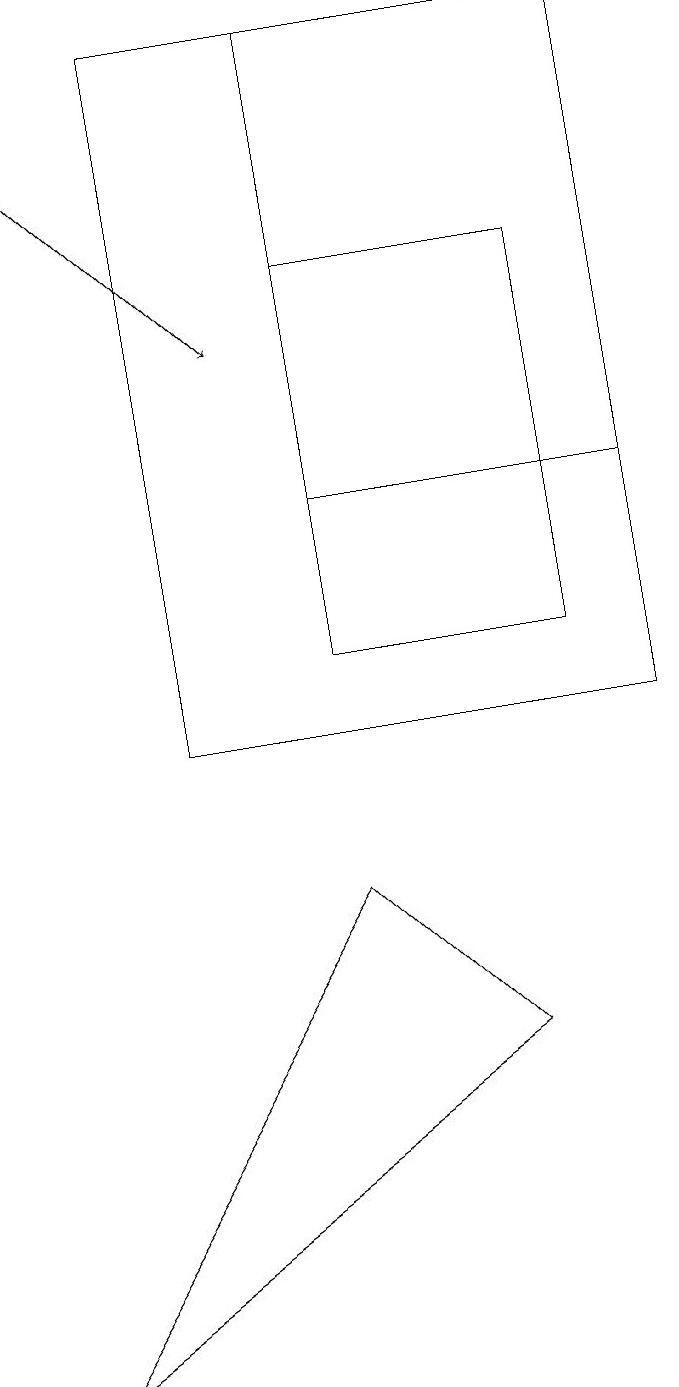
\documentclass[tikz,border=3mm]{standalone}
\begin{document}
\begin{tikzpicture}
\draw (8,16) rectangle (5,11);
\draw (9,19) rectangle (3,10);
\draw (5,13) rectangle (9,19);
\draw (7,6) -- (1,2) -- (5,8) -- cycle;
\draw[->] (1,18) -- (4,15);
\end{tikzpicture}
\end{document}